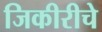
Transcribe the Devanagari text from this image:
जिकीरीचे